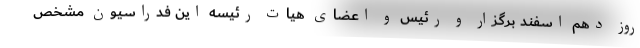
روز دهم اسفند برگزار و رئیس و اعضای هیات رئیسه این فدراسیون مشخص